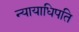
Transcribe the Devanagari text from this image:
न्यायाधिपति